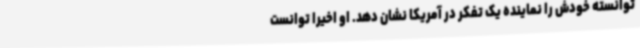
توانسته خودش را نماینده یک تفکر در آمریکا نشان دهد. او اخیرا توانست